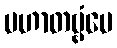
ပဟာတဗ္ဗံပေ